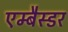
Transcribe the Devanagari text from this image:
एम्बैस्डर